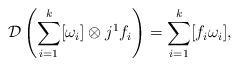
LaTeX: \begin{gather*} \mathcal{D} \left(\sum\limits_{i=1}^k [\omega_i] \otimes j^1 f_i\right) = \sum\limits_{i=1}^k [f_i \omega_i], \end{gather*}